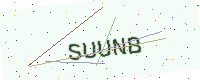
Text: SUUNB